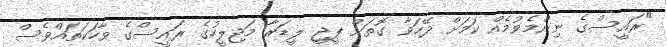
"ރައީސްގެ ނިންމެވުމެއް ކަމަށް ދޭހަވާ ގޮތަށް ޕީޖީ ލީޑަރާ މަޖިލީހުގެ ރައީސްގެ ވާހަކަތައްވެސް